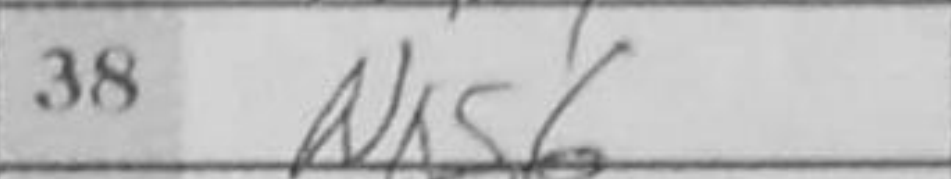
Transcription: Nxg6